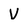
Character: v